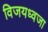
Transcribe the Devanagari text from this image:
विजयध्वजा